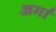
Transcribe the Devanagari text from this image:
अर्मा